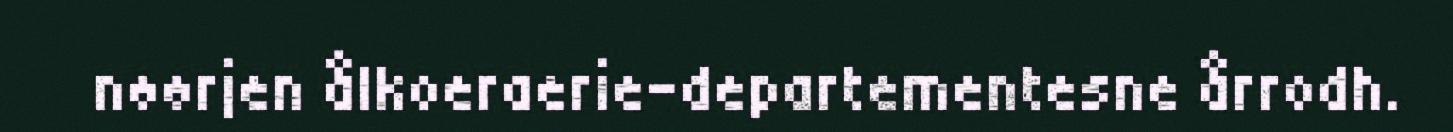
nøørjen ålkoeraerie-departementesne årrodh.